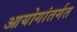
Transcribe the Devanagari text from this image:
आयोगांतर्गत